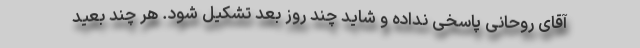
آقای روحانی پاسخی نداده و شاید چند روز بعد تشکیل شود. هر چند بعید